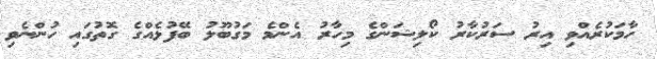
ހާމަކުރެއްވި އިރު ސަރުކާރު ކޯލިޝަންގެ މިހާރު އެންމެ މަގުބޫލު ބޭފުޅެއްގެ ގޮތުގައި ހުންނެވި